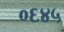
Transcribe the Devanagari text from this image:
०६४५